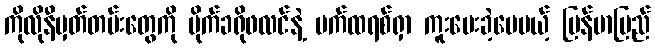
ကိုလိုနီမှတ်တမ်းတွေကို မိုက်ခရိုဖလင်နဲ့ ပက်ထရစ်ရှာ ကူးပေးခဲ့ပေမယ့် မြန်မာပြည်